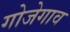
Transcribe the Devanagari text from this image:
गोजेगाव